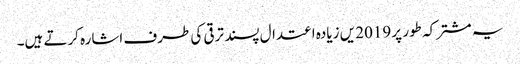
یہ مشترکہ طور پر 2019 یں زیادہ اعتدال پسند ترقی کی طرف اشارہ کرتے ہیں۔